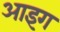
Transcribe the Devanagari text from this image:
आइग